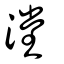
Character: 漟